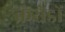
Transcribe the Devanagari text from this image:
करोंडों